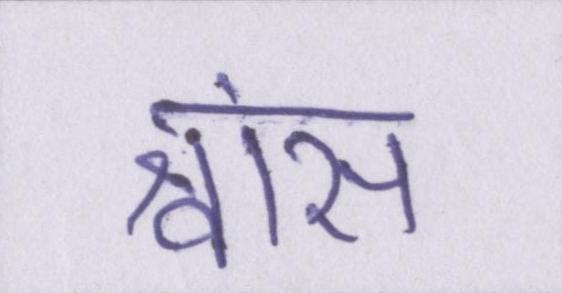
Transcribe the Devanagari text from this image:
श्वांस